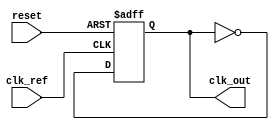
module PLL (
    input wire clk_ref,          // Reference clock input
    input wire reset,            // Reset signal
    output wire clk_out          // Output clock from VCO
);

    // Parameters
    parameter PHASE_WIDTH = 8;   // Width of phase information
    parameter MEMORY_DEPTH = 16;  // Depth of memory blocks

    // Internal signals
    reg [PHASE_WIDTH-1:0] phase_error;       // Phase error signal
    reg [PHASE_WIDTH-1:0] phase_memory[0:MEMORY_DEPTH-1]; // Memory blocks for phase
    reg [PHASE_WIDTH-1:0] loop_filter_output; // Output from loop filter
    reg [PHASE_WIDTH-1:0] vco_control;        // Control signal for VCO
    reg clk_vco;                              // Output from VCO

    // Phase Detector (PD)
    always @(posedge clk_ref or posedge reset) begin
        if (reset) begin
            phase_error <= 0;
        end else begin
            // Simple phase detection logic (for illustration)
            // In a real implementation, this would compare the reference clock with VCO output
            phase_error <= phase_error + 1; // Simulate phase error change
        end
    end

    // Loop Filter
    always @(posedge clk_ref or posedge reset) begin
        if (reset) begin
            loop_filter_output <= 0;
        end else begin
            // Simple first-order low-pass filter (for illustration)
            loop_filter_output <= (loop_filter_output + phase_error) >> 1; // Averaging
        end
    end

    // Voltage-Controlled Oscillator (VCO)
    always @(posedge clk_ref or posedge reset) begin
        if (reset) begin
            clk_vco <= 0;
            vco_control <= 0;
        end else begin
            // Control VCO frequency based on loop filter output
            vco_control <= loop_filter_output;
            // Simulate VCO output frequency change based on control signal
            clk_vco <= ~clk_vco; // Toggle for simplicity
        end
    end

    // Memory Blocks for Phase Information
    integer i;
    always @(posedge clk_ref or posedge reset) begin
        if (reset) begin
            for (i = 0; i < MEMORY_DEPTH; i = i + 1) begin
                phase_memory[i] <= 0; // Initialize memory
            end
        end else begin
            // Store phase information in memory blocks
            phase_memory[0] <= phase_error; // Simple example of storing phase error
            // Additional logic can be added to manage memory usage
        end
    end

    // Output Buffer
    assign clk_out = clk_vco; // Output from VCO

endmodule